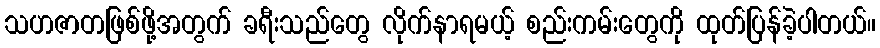
သဟဇာတဖြစ်ဖို့အတွက် ခရီးသည်တွေ လိုက်နာရမယ့် စည်းကမ်းတွေကို ထုတ်ပြန်ခဲ့ပါတယ်။